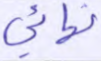
نهائي